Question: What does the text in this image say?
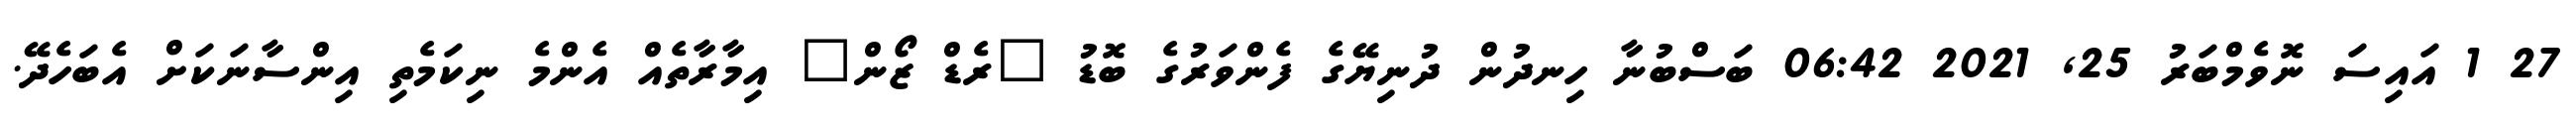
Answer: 27 1 އައިސަ ނޮވެމްބަރު 25, 2021 06:42 ބަސްބުނާ ހިނދުން ދުނިޔޭގެ ފެންވަރުގެ ބޮޑު "ރެޑް ޒޯން" އިމާރާތެއް އެންމެ ނިކަމެތި އިންސާނަކަށް އެބަހެދޭ.